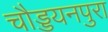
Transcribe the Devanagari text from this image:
चौड्डयनपुरा